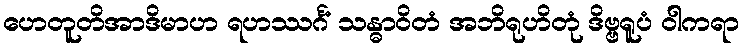
ဟေတူတိအာဒိမာဟ ရဟဿင်္ဂံ သန္ဓာဝိတံ အဘိရုဟိတုံ ဒိဗ္ဗရူပံ ဝါကရာ